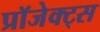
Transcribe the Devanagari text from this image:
प्रॉजेक्ट्स